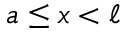
a \leq x < \ell